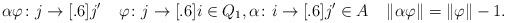
LaTeX: \begin{align*} & \alpha \varphi \colon j \to[.6] j' && \varphi \colon j \to[.6] i \in Q_1, \alpha \colon i \to[.6] j' \in A && \| \alpha \varphi \| = \| \varphi \| - 1. \\\end{align*}